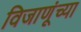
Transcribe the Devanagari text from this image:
विजाणूंच्या